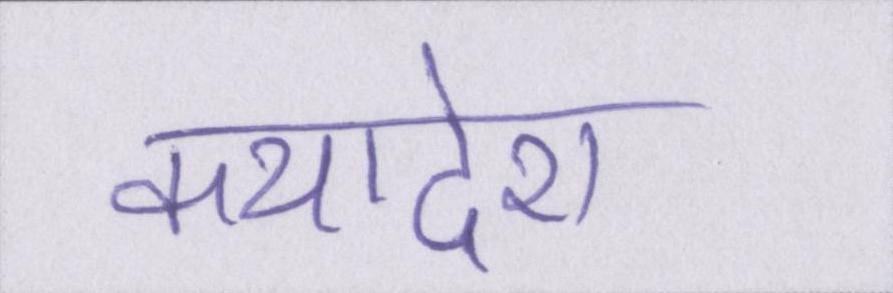
कथादेश